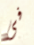
فى